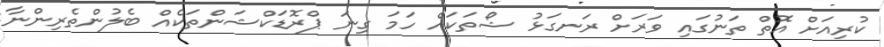
ކުރިއަށް އޮތް ތަނުގައި ވަރަށް ރަނގަޅު ޝޯތަކައް ހަމަ ގިނަ ޕްރޮޑަކްޝަންތަކެއް ބެލުންތެރިންނާ